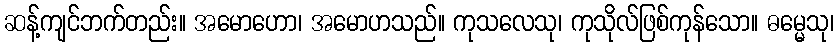
ဆန့်ကျင်ဘက်တည်း။ အမောဟော၊ အမောဟသည်။ ကုသလေသု၊ ကုသိုလ်ဖြစ်ကုန်သော။ ဓမ္မေသု၊